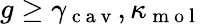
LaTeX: g\ge\gamma_{\mathrm{~c~a~v~}},\kappa_{\mathrm{~m~o~l~}}